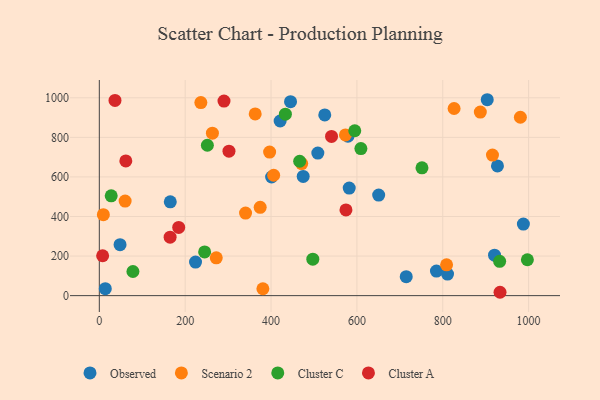
{"axis": {"x": "Engine Size", "y": "Rating"}, "legend": ["Cluster A", "Cluster C", "Observed", "Scenario 2"], "data": [{"x": "13.9", "y": 35.2, "type": "Observed"}, {"x": "714.9", "y": 95.8, "type": "Observed"}, {"x": "401.3", "y": 599.6, "type": "Observed"}, {"x": "785.3", "y": 124.4, "type": "Observed"}, {"x": "579.2", "y": 805.7, "type": "Observed"}, {"x": "421.2", "y": 882.7, "type": "Observed"}, {"x": "48.3", "y": 257.5, "type": "Observed"}, {"x": "927.4", "y": 655.6, "type": "Observed"}, {"x": "224.1", "y": 169.5, "type": "Observed"}, {"x": "811.1", "y": 109.1, "type": "Observed"}, {"x": "582.1", "y": 543.9, "type": "Observed"}, {"x": "165.3", "y": 474.4, "type": "Observed"}, {"x": "509.0", "y": 720.7, "type": "Observed"}, {"x": "525.1", "y": 913.6, "type": "Observed"}, {"x": "445.4", "y": 980.5, "type": "Observed"}, {"x": "987.8", "y": 361.8, "type": "Observed"}, {"x": "474.9", "y": 602.6, "type": "Observed"}, {"x": "903.6", "y": 990.2, "type": "Observed"}, {"x": "650.7", "y": 508.4, "type": "Observed"}, {"x": "920.6", "y": 204.4, "type": "Observed"}, {"x": "272.4", "y": 191.0, "type": "Scenario 2"}, {"x": "915.8", "y": 710.2, "type": "Scenario 2"}, {"x": "808.9", "y": 155.7, "type": "Scenario 2"}, {"x": "406.1", "y": 608.5, "type": "Scenario 2"}, {"x": "471.4", "y": 667.6, "type": "Scenario 2"}, {"x": "263.4", "y": 820.9, "type": "Scenario 2"}, {"x": "980.8", "y": 901.6, "type": "Scenario 2"}, {"x": "60.1", "y": 478.2, "type": "Scenario 2"}, {"x": "887.5", "y": 927.7, "type": "Scenario 2"}, {"x": "340.6", "y": 417.5, "type": "Scenario 2"}, {"x": "374.7", "y": 446.4, "type": "Scenario 2"}, {"x": "826.4", "y": 945.8, "type": "Scenario 2"}, {"x": "9.4", "y": 409.1, "type": "Scenario 2"}, {"x": "363.1", "y": 918.2, "type": "Scenario 2"}, {"x": "573.3", "y": 812.4, "type": "Scenario 2"}, {"x": "381.0", "y": 34.8, "type": "Scenario 2"}, {"x": "236.5", "y": 975.6, "type": "Scenario 2"}, {"x": "396.7", "y": 725.4, "type": "Scenario 2"}, {"x": "751.6", "y": 645.9, "type": "Cluster C"}, {"x": "497.3", "y": 184.2, "type": "Cluster C"}, {"x": "251.7", "y": 760.1, "type": "Cluster C"}, {"x": "932.5", "y": 173.3, "type": "Cluster C"}, {"x": "433.4", "y": 917.0, "type": "Cluster C"}, {"x": "27.7", "y": 504.7, "type": "Cluster C"}, {"x": "997.1", "y": 181.4, "type": "Cluster C"}, {"x": "78.3", "y": 122.0, "type": "Cluster C"}, {"x": "609.3", "y": 743.4, "type": "Cluster C"}, {"x": "466.7", "y": 679.3, "type": "Cluster C"}, {"x": "245.3", "y": 220.8, "type": "Cluster C"}, {"x": "595.0", "y": 833.5, "type": "Cluster C"}, {"x": "184.9", "y": 345.0, "type": "Cluster A"}, {"x": "540.9", "y": 804.6, "type": "Cluster A"}, {"x": "933.4", "y": 17.0, "type": "Cluster A"}, {"x": "290.4", "y": 983.2, "type": "Cluster A"}, {"x": "164.9", "y": 295.5, "type": "Cluster A"}, {"x": "61.7", "y": 680.8, "type": "Cluster A"}, {"x": "574.5", "y": 433.2, "type": "Cluster A"}, {"x": "36.5", "y": 986.6, "type": "Cluster A"}, {"x": "7.7", "y": 201.7, "type": "Cluster A"}, {"x": "302.0", "y": 730.1, "type": "Cluster A"}]}